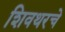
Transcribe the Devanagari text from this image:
शिवथरचे